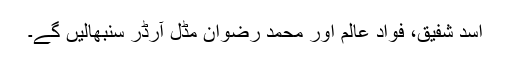
اسد شفیق، فواد عالم اور محمد رضوان مڈل آرڈر سنبھالیں گے۔